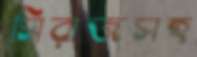
সিরাজসহ